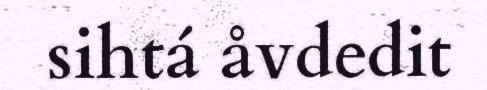
sihtá åvdedit